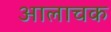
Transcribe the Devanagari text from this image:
आलाचक